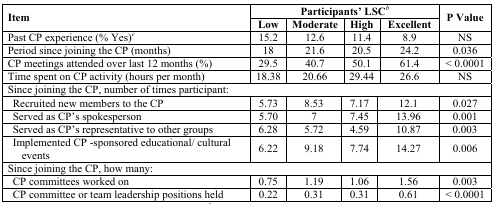
<table><thead><tr><td rowspan="2"><b>Item</b></td><td colspan="4"><b>Participants’ LSCb</b></td><td rowspan="2"><b>P Value</b></td></tr><tr><td><b>Low</b></td><td><b>Moderate</b></td><td><b>High</b></td><td><b>Excellent</b></td></tr></thead><tbody><tr><td>Past CP experience (% Yes)c</td><td>15.2</td><td>12.6</td><td>11.4</td><td>8.9</td><td>NS</td></tr><tr><td>Period since joining the CP (months)</td><td>18</td><td>21.6</td><td>20.5</td><td>24.2</td><td>0.036</td></tr><tr><td>CP meetings attended over last 12 months (%)</td><td>29.5</td><td>40.7</td><td>50.1</td><td>61.4</td><td>&lt; 0.0001</td></tr><tr><td>Time spent on CP activity (hours per month)</td><td>18.38</td><td>20.66</td><td>29.44</td><td>26.6</td><td>NS</td></tr><tr><td colspan="6">Since joining the CP, number of times participant:</td></tr><tr><td>Recruited new members to the CP</td><td>5.73</td><td>8.53</td><td>7.17</td><td>12.1</td><td>0.027</td></tr><tr><td>Served as CP’s spokesperson</td><td>5.70</td><td>7</td><td>7.45</td><td>13.96</td><td>0.001</td></tr><tr><td>Served as CP’s representative to other groups</td><td>6.28</td><td>5.72</td><td>4.59</td><td>10.87</td><td>0.003</td></tr><tr><td>Implemented CP -sponsored educational/ culturalevents</td><td>6.22</td><td>9.18</td><td>7.74</td><td>14.27</td><td>0.006</td></tr><tr><td colspan="6">Since joining the CP, how many:</td></tr><tr><td>CP committees worked on</td><td>0.75</td><td>1.19</td><td>1.06</td><td>1.56</td><td>0.003</td></tr><tr><td>CP committee or team leadership positions held</td><td>0.22</td><td>0.31</td><td>0.31</td><td>0.61</td><td>&lt; 0.0001</td></tr></tbody></table>